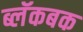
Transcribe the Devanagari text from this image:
ब्लॅकबक